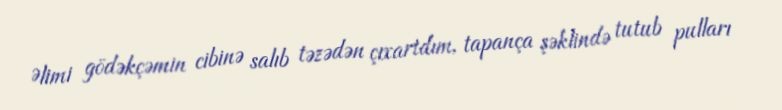
Əlimi gödəkçəmin cibinə salıb təzədən çıxartdım, tapança şəklində tutub pulları